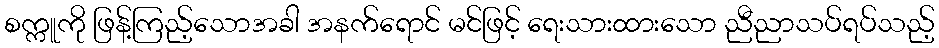
စက္ကူကို ဖြန့်ကြည့်သောအခါ အနက်ရောင် မင်ဖြင့် ရေးသားထားသော ညီညာသပ်ရပ်သည့်